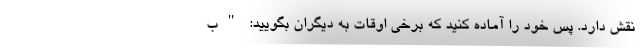
نقش دارد. پس خود را آماده کنید که برخی اوقات به دیگران بگویید: "ب